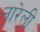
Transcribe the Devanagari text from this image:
नारेली